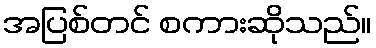
အပြစ်တင် စကားဆိုသည်။